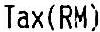
TAX(RM)